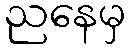
ညနေမှ